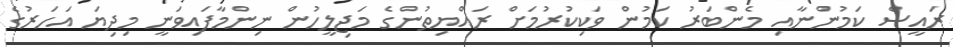
ރައީސް ކަމުންނާއި މެންބަރު ކަމުން ވަކިކުރުމަށް ރައްޔިތުންގެ މަޖިލީހުން ނިންމާފައިވަނީ މިދިޔަ އަހަރުގެ